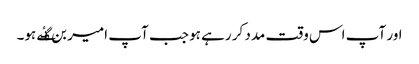
اور آپ اس وقت مدد کر رہے ہو جب آپ امیر بن گٸے ہو۔